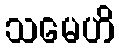
သမေဟိ